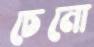
চেনো